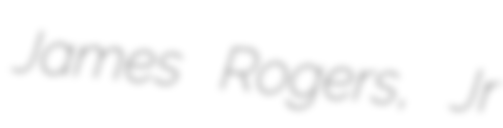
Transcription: James Rogers, Jr